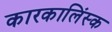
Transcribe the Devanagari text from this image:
कारकालिंस्क